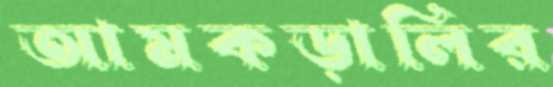
আমকড়ালির